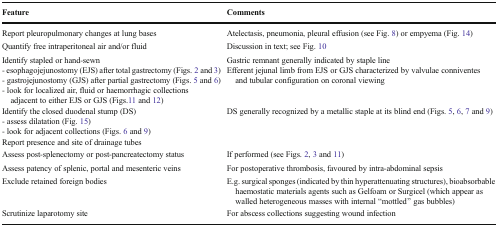
<table><thead><tr><td><b>Feature</b></td><td><b>Comments</b></td></tr></thead><tbody><tr><td>Report pleuropulmonary changes at lung bases</td><td>Atelectasis, pneumonia, pleural effusion (see Fig. 8) or empyema (Fig. 14)</td></tr><tr><td>Quantify free intraperitoneal air and/or fluid</td><td>Discussion in text; see Fig. 10</td></tr><tr><td>Identify stapled or hand-sewn- esophagojejunostomy (EJS) after total gastrectomy (Figs. 2 and 3)- gastrojejunostomy (GJS) after partial gastrectomy (Figs. 5 and 6)- look for localized air, fluid or haemorrhagic collections adjacent to either EJS or GJS (Figs.11 and 12)</td><td>Gastric remnant generally indicated by staple lineEfferent jejunal limb from EJS or GJS characterized by valvulae conniventes and tubular configuration on coronal viewing</td></tr><tr><td>Identify the closed duodenal stump (DS)- assess dilatation (Fig. 15)- look for adjacent collections (Figs. 6 and 9)</td><td>DS generally recognized by a metallic staple at its blind end (Figs. 5, 6, 7 and 9)</td></tr><tr><td>Report presence and site of drainage tubes</td><td></td></tr><tr><td>Assess post-splenectomy or post-pancreatectomy status</td><td>If performed (see Figs. 2, 3 and 11)</td></tr><tr><td>Assess patency of splenic, portal and mesenteric veins</td><td>For postoperative thrombosis, favoured by intra-abdominal sepsis</td></tr><tr><td>Exclude retained foreign bodies</td><td>E.g. surgical sponges (indicated by thin hyperattenuating structures), bioabsorbable haemostatic materials agents such as Gelfoam or Surgicel (which appear as walled heterogeneous masses with internal “mottled” gas bubbles)</td></tr><tr><td>Scrutinize laparotomy site</td><td>For abscess collections suggesting wound infection</td></tr></tbody></table>